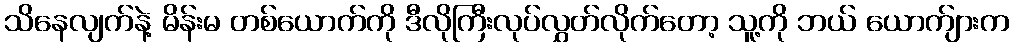
သိနေလျက်နဲ့ မိန်းမ တစ်ယောက်ကို ဒီလိုကြီးလုပ်လွှတ်လိုက်တော့ သူ့ကို ဘယ် ယောက်ျားက